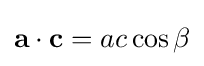
\mathbf {a} \cdot \mathbf {c} =ac\cos \beta